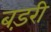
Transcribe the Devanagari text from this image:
बड़री